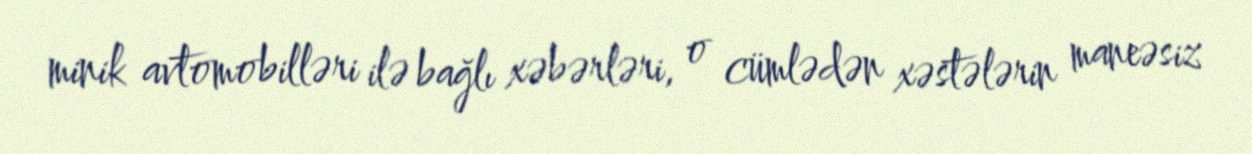
minik avtomobilləri ilə bağlı xəbərləri, o cümlədən xəstələrin maneəsiz